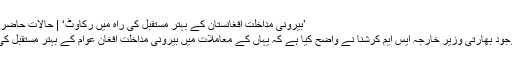
’بیرونی مداخلت افغانستان کے بہتر مستقبل کی راہ میں رکاوٹ‘ | حالات حاضرہ | DW | 09.01.2011
افغانستان کے دورے پر موجود بھارتی وزیر خارجہ ایس ایم کرشنا نے واضح کیا ہے کہ یہاں کے معاملات میں بیرونی مداخلت افغان عوام کے بہتر مستقبل کی راہ میں بڑی رکاوٹ ہے۔